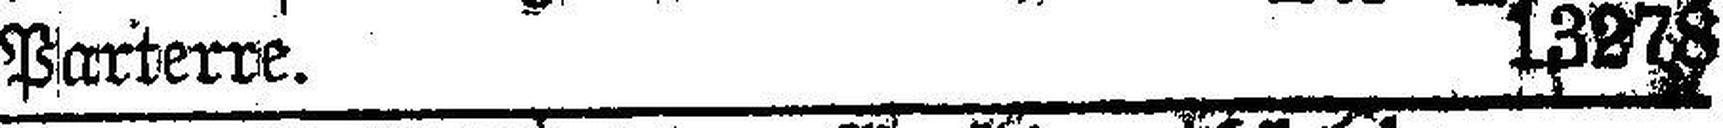
Parterre. 13278